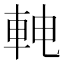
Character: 𬧳